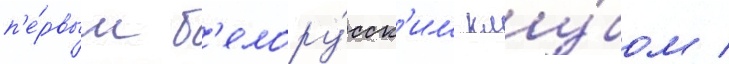
п'е́рвым б'елору́сск'им клу́бом /